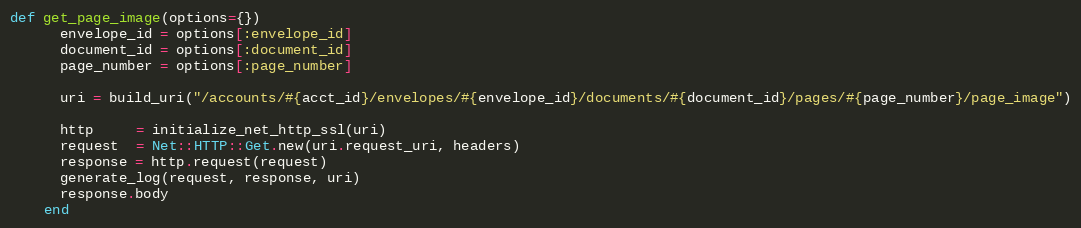
Language: Ruby
def get_page_image(options={})
      envelope_id = options[:envelope_id]
      document_id = options[:document_id]
      page_number = options[:page_number]

      uri = build_uri("/accounts/#{acct_id}/envelopes/#{envelope_id}/documents/#{document_id}/pages/#{page_number}/page_image")

      http     = initialize_net_http_ssl(uri)
      request  = Net::HTTP::Get.new(uri.request_uri, headers)
      response = http.request(request)
      generate_log(request, response, uri)
      response.body
    end